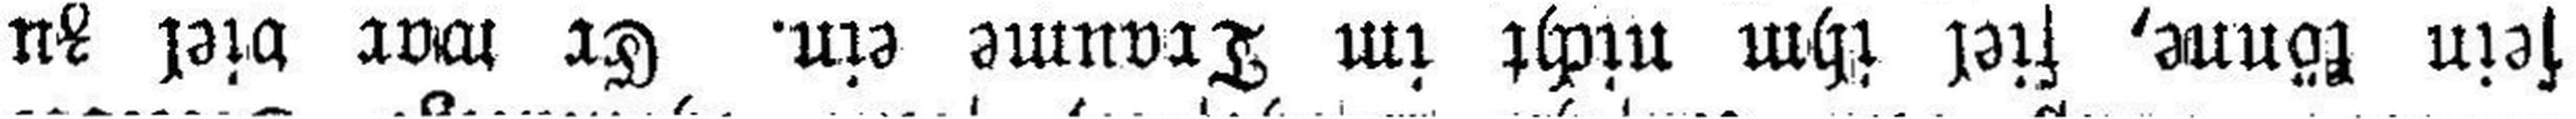
sein könne, fiel ihm nicht im Traume ein. Er war viel zu